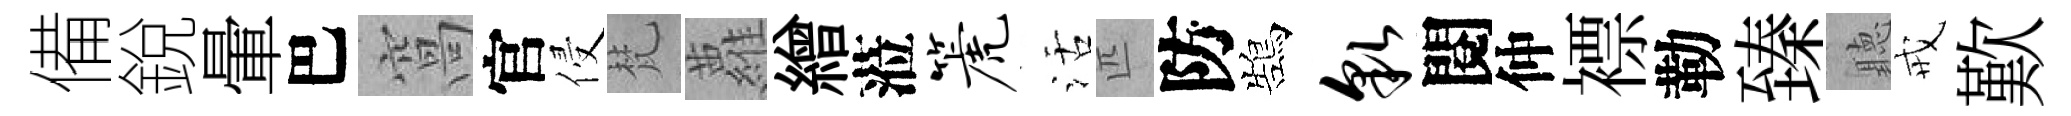
備銳暈巴窩官侵梵蘿繒蒞篪活匹防鵠貌閱仲褾勒臻聽戒歎